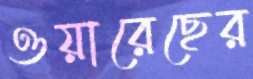
ওয়ারেছের